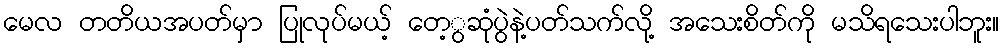
မေလ တတိယအပတ်မှာ ပြုလုပ်မယ့် တေ့ွဆုံပွဲနဲ့ပတ်သက်လို့ အသေးစိတ်ကို မသိရသေးပါဘူး။